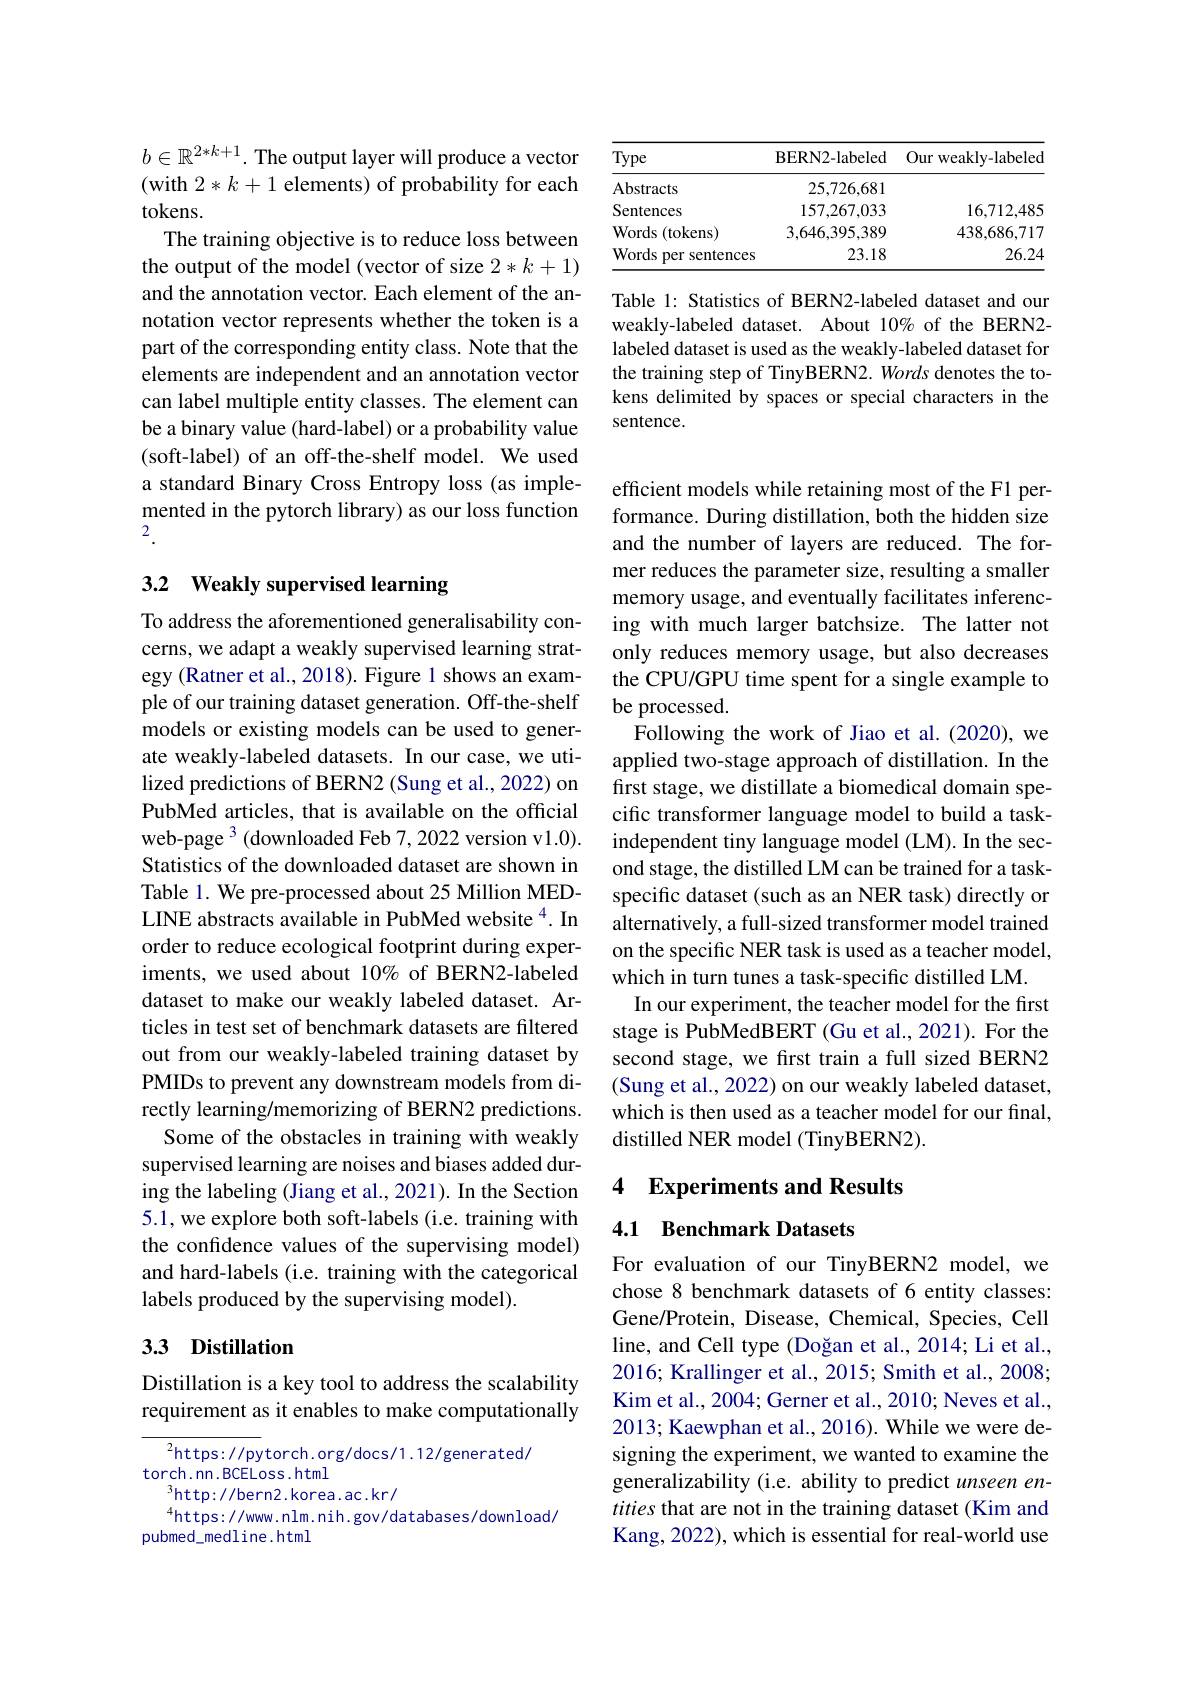
$b\in\mathbb{R}^{2*k+1}.$ The output layer will produce a vector (with $2*k+1$ elements) of probability for each tokens.
The training objective is to reduce loss between the output of the model (vector of size 2*k+1) and the annotation vector. Each element of the annotation vector represents whether the token is a part of the corresponding entity class. Note that the elements are independent and an annotation vector can label multiple entity classes. The element can be a binary value (hard-label) or a probability value (soft-label) of an off-the-shelf model. We used a standard Binary Cross Entropy loss (as implemented in the pytorch library) as our loss function 2

# 3.2 Weakly supervised learning

To address the aforementioned generalisability concerns, we adapt a weakly supervised learning strategy (Ratner et al., 2018). Figure 1 shows an example of our training dataset generation. Off-the-shelf models or existing models can be used to generate weakly-labeled datasets. In our case, we utilized predictions of BERN2 (Sung et al., 2022) on PubMed articles, that is available on the official web-page $^3$(downloaded Feb 7,2022 version v1.0). Statistics of the downloaded dataset are shown in Table 1. We pre-processed about 25 Million MEDLINE abstracts available in PubMed website $^{4}$.In order to reduce ecological footprint during experiments, we used about 10% of BERN2-labeled dataset to make our weakly labeled dataset. Articles in test set of benchmark datasets are filtered out from our weakly-labeled training dataset by PMIDs to prevent any downstream models from directly learning/memorizing of BERN2 predictions.
Some of the obstacles in training with weakly supervised learning are noises and biases added during the labeling (Jiang et al., 2021). In the Section 5.1, we explore both soft-labels (i.e. training with the confidence values of the supervising model) and hard-labels (i.e. training with the categorical labels produced by the supervising model).

# 3.3 Distillation

Distillation is a key tool to address the scalability requirement as it enables to make computationally

$^2$https: / / pytorch. org/ docs/ 1. 12/ generated/
torch. nn. BCELoss. html
$^{3}$http://bern2.korea.ac.kr/
$^{4}$https://www.nlm.nih.gov/databases/download/
pubmed\_medline.html

<table>
	<tbody>
		<tr>
			<th>Type</th>
			<th>BERN2- labeled</th>
			<th>Our weakly-labeled</th>
		</tr>
		<tr>
			<td>Abstracts</td>
			<td>25,726,681</td>
			<td> </td>
		</tr>
		<tr>
			<td>Sentences</td>
			<td>157,267,033</td>
			<td>16,712,485</td>
		</tr>
		<tr>
			<td>Words ( tokens) </td>
			<td>3,646,395,389</td>
			<td>438,686,717</td>
		</tr>
		<tr>
			<td>Words s per sentences</td>
			<td>23.18</td>
			<td>26.24</td>
		</tr>
	</tbody>
</table>

Table 1: Statistics of BERN2-labeled dataset and our weakly-labeled dataset. About 10% of the BERN2- labeled dataset is used as the weakly-labeled dataset for the training step of TinyBERN2. Words denotes the tokens delimited by spaces or special characters in the sentence.

efficient models while retaining most of the F1 performance. During distillation, both the hidden size and the number of layers are reduced. The former reduces the parameter size, resulting a smaller memory usage, and eventually facilitates inferencing with much larger batchsize. The latter not only reduces memory usage, but also decreases the CPU/GPU time spent for a single example to be processed.
$\bar{\text{Following the work of Jiao et al.(2020), we}}$ applied two-stage approach of distillation. In the first stage, we distillate a biomedical domain specific transformer language model to build a taskindependent tiny language model (LM). In the second stage, the distilled LM can be trained for a taskspecific dataset (such as an NER task) directly or alternatively, a full-sized transformer model trained on the specific NER task is used as a teacher model, which in turn tunes a task-specific distilled LM.
In our experiment, the teacher model for the first stage is PubMedBERT (Gu et al., 2021). For the second stage, we first train a full sized BERN2 (Sung et al., 2022) on our weakly labeled dataset, which is then used as a teacher model for our final, distilled NER model (TinyBERN2).

4 Experiments and Results

## 4.1 Benchmark Datasets

For evaluation of our TinyBERN2 model, we chose 8 benchmark datasets of 6 entity classes: Gene/Protein, Disease, Chemical, Species, Cell line, and Cell type (Doğan et al., 2014; Li et al., 2016; Krallinger et al., 2015; Smith et al., 2008; Kim et al., 2004; Gerner et al., 2010; Neves et al., 2013; Kaewphan et al., 2016). While we were designing the experiment, we wanted to examine the generalizability (i.e. ability to predict unseen entities that are not in the training dataset (Kim and Kang, 2022), which is essential for real-world use